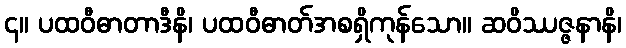
၄။ ပထဝီဓာတာဒီနိ၊ ပထဝီဓာတ်အစရှိကုန်သော။ ဆဝိဿဇ္ဇနာနိ၊